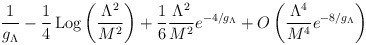
\begin{align*}\frac {1}{g_\Lambda}-\frac{1}{4}\,{\rm Log} \left(\frac {\Lambda^2}{M^2}\right)+\frac {1}{6}\frac {\Lambda^2}{M^2}e^{ -4/g_\Lambda}+O\left(\frac {\Lambda^4}{M^4} e^{ -8/g_\Lambda}\right)\end{align*}